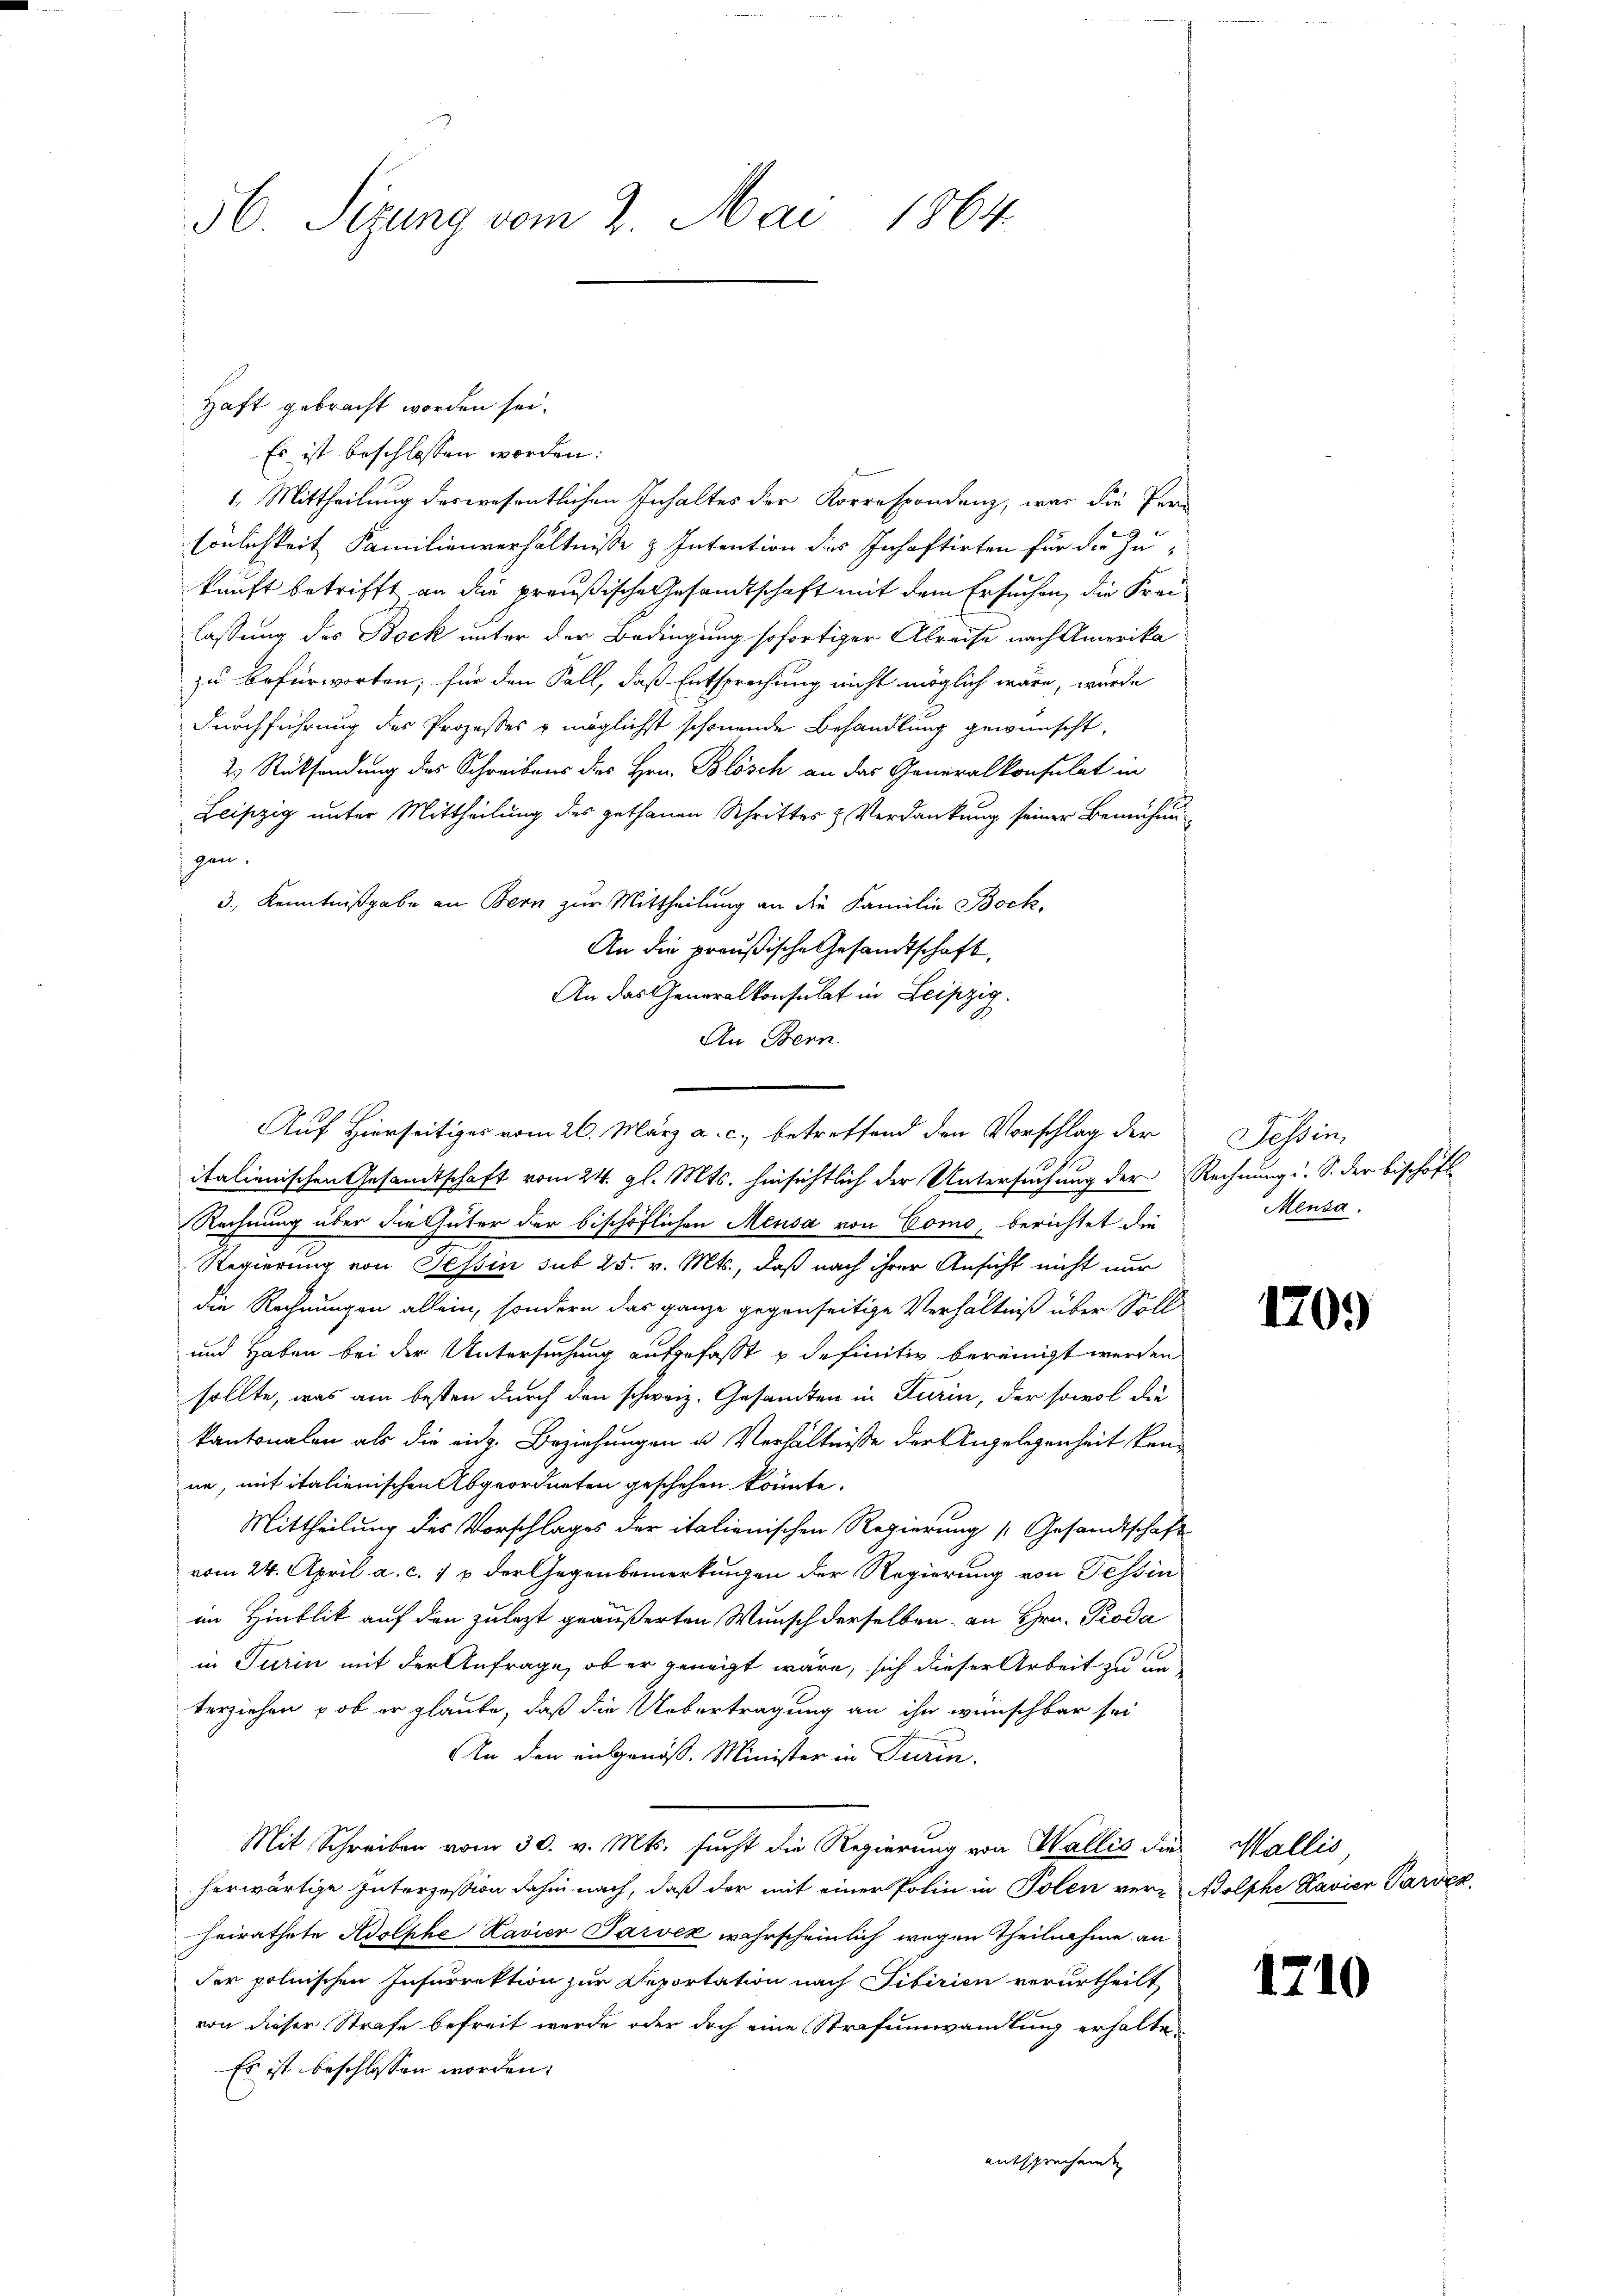
56. Sezung vom 2. Mai 1864

Haft gebracht worden sei.
Es ist beschlossen worden:
1. Mittheilung deswesentlichen Inhaltes der Korrespondenz, war die Per-
sönlichkeit Familienverhältnisse & Intention des Inhaftirten für die Zukunft betrifft an die preußische Gesandtschaft mit dem Ersuchen, die Freilassung des Bock unter der Bedingung sofortiger Abreise nach Amerika
zu befürworten, für den Fall, daß Entsprechung nicht möglich wäre, wurde
Durchführung des Prozesses & möglichst schönende Behandlung gewünscht,
2 Rücksendung des Schreibens des Hrn. Blösch an das Generalkonsulat in
Leipzig unter Mittheilung des gethanen Schrittes & Verdankung seiner Bemühungen.
3., Kenntnißgabe an Bern zur Mittheilung an die Familie Bock,
An die preußische Gesandtschaft,
An das Generalkonsulat in Leipzig.
An Bern.
italienischen Gesandtschaft vom 24. gl. Mts. hinsichtlich der Untersuchung der Rechnung i. S. der bischöfte
Rechnung über die Güter der bischöflichen Meusa von Como, berichtet die
Regierung von Tessin sub 25. v. Mts., daß nach ihrer Ansicht nicht nur
die Rechnungen allein, sondern das ganze gegenseitige Verhältniß über Soll
und Haben bei der Untersuchung aufgefasst u definitiv bereinigt werden
sollte, was am besten durch den schweiz. Gesamten in Turin, der sowol die
kantonalen als die eich. Beziehungen u. Verhältnisse der Angelegenheit kanne, mit italienischen Abgeordneten geschehen könnte.
Mittheilung des Vorschlages der italienischen Regierung [Gesandtschaft
vom 24. April a. c. 1 & der Gegenbemerkungen der Regierung von Tessin
im Hinblik auf den zulezt geäußerten Wunsch derselben an Hrn. Proda
in Turin mit der Anfrage, ob er geneigt wäre, sich dieser Arbeit zu un
verziehen, ob er glaube, daß die Uebertragung an ihn wünschbar sei
An den eingenoß. Minister in Turin,
Mit Schreiben vom 30. v. Mts. sucht die Regierung von Wallis die Wallis
herwärtige Interzession dahin nach, daß der mit einer Polin in Polen ver-Adolphe Kavier Parvez
heirathete Adolphe Kavier Parvek wahrscheinlich wegen Theilnahme an
der polnischen Insurrektion zur Deportation nach Tibirien verurtheilt
von dieser Strafe befreit wurde oder doch eine Strafumwandlung erhalte¬
Es ist beschlossen worden.
entsprechenden

Auf Hierseitiges vom 26. März a. c., betreffend den Vorschlag der

Tessin,
Meusa.

1209

1710